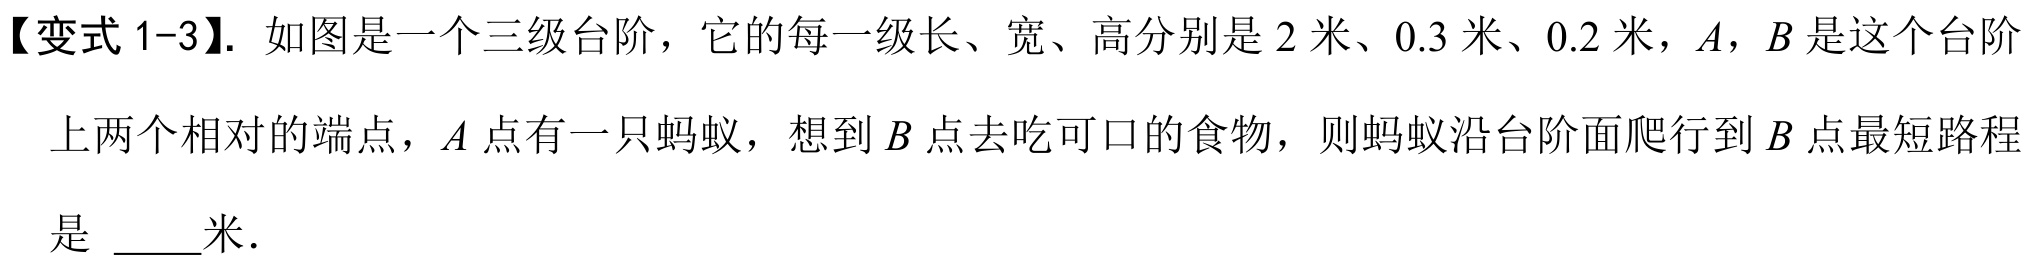
【变式 1-3】. 如图是一个三级台阶，它的每一级长、宽、高分别是 \(2\) 米、\(0.3\) 米、\(0.2\) 米，\(A\)，\(B\) 是这个台阶
上两个相对的端点，\(A\) 点有一只蚂蚁，想到 \(B\) 点去吃可口的食物，则蚂蚁沿台阶面爬行到 \(B\) 点最短路程
是 \(\underline{\quad\quad}\)米．